DOW-UAP-D49, Launch Summary, Vandenberg AFB, 2000
Agency: Department of War
Incident date: 2/3/00
Page 23
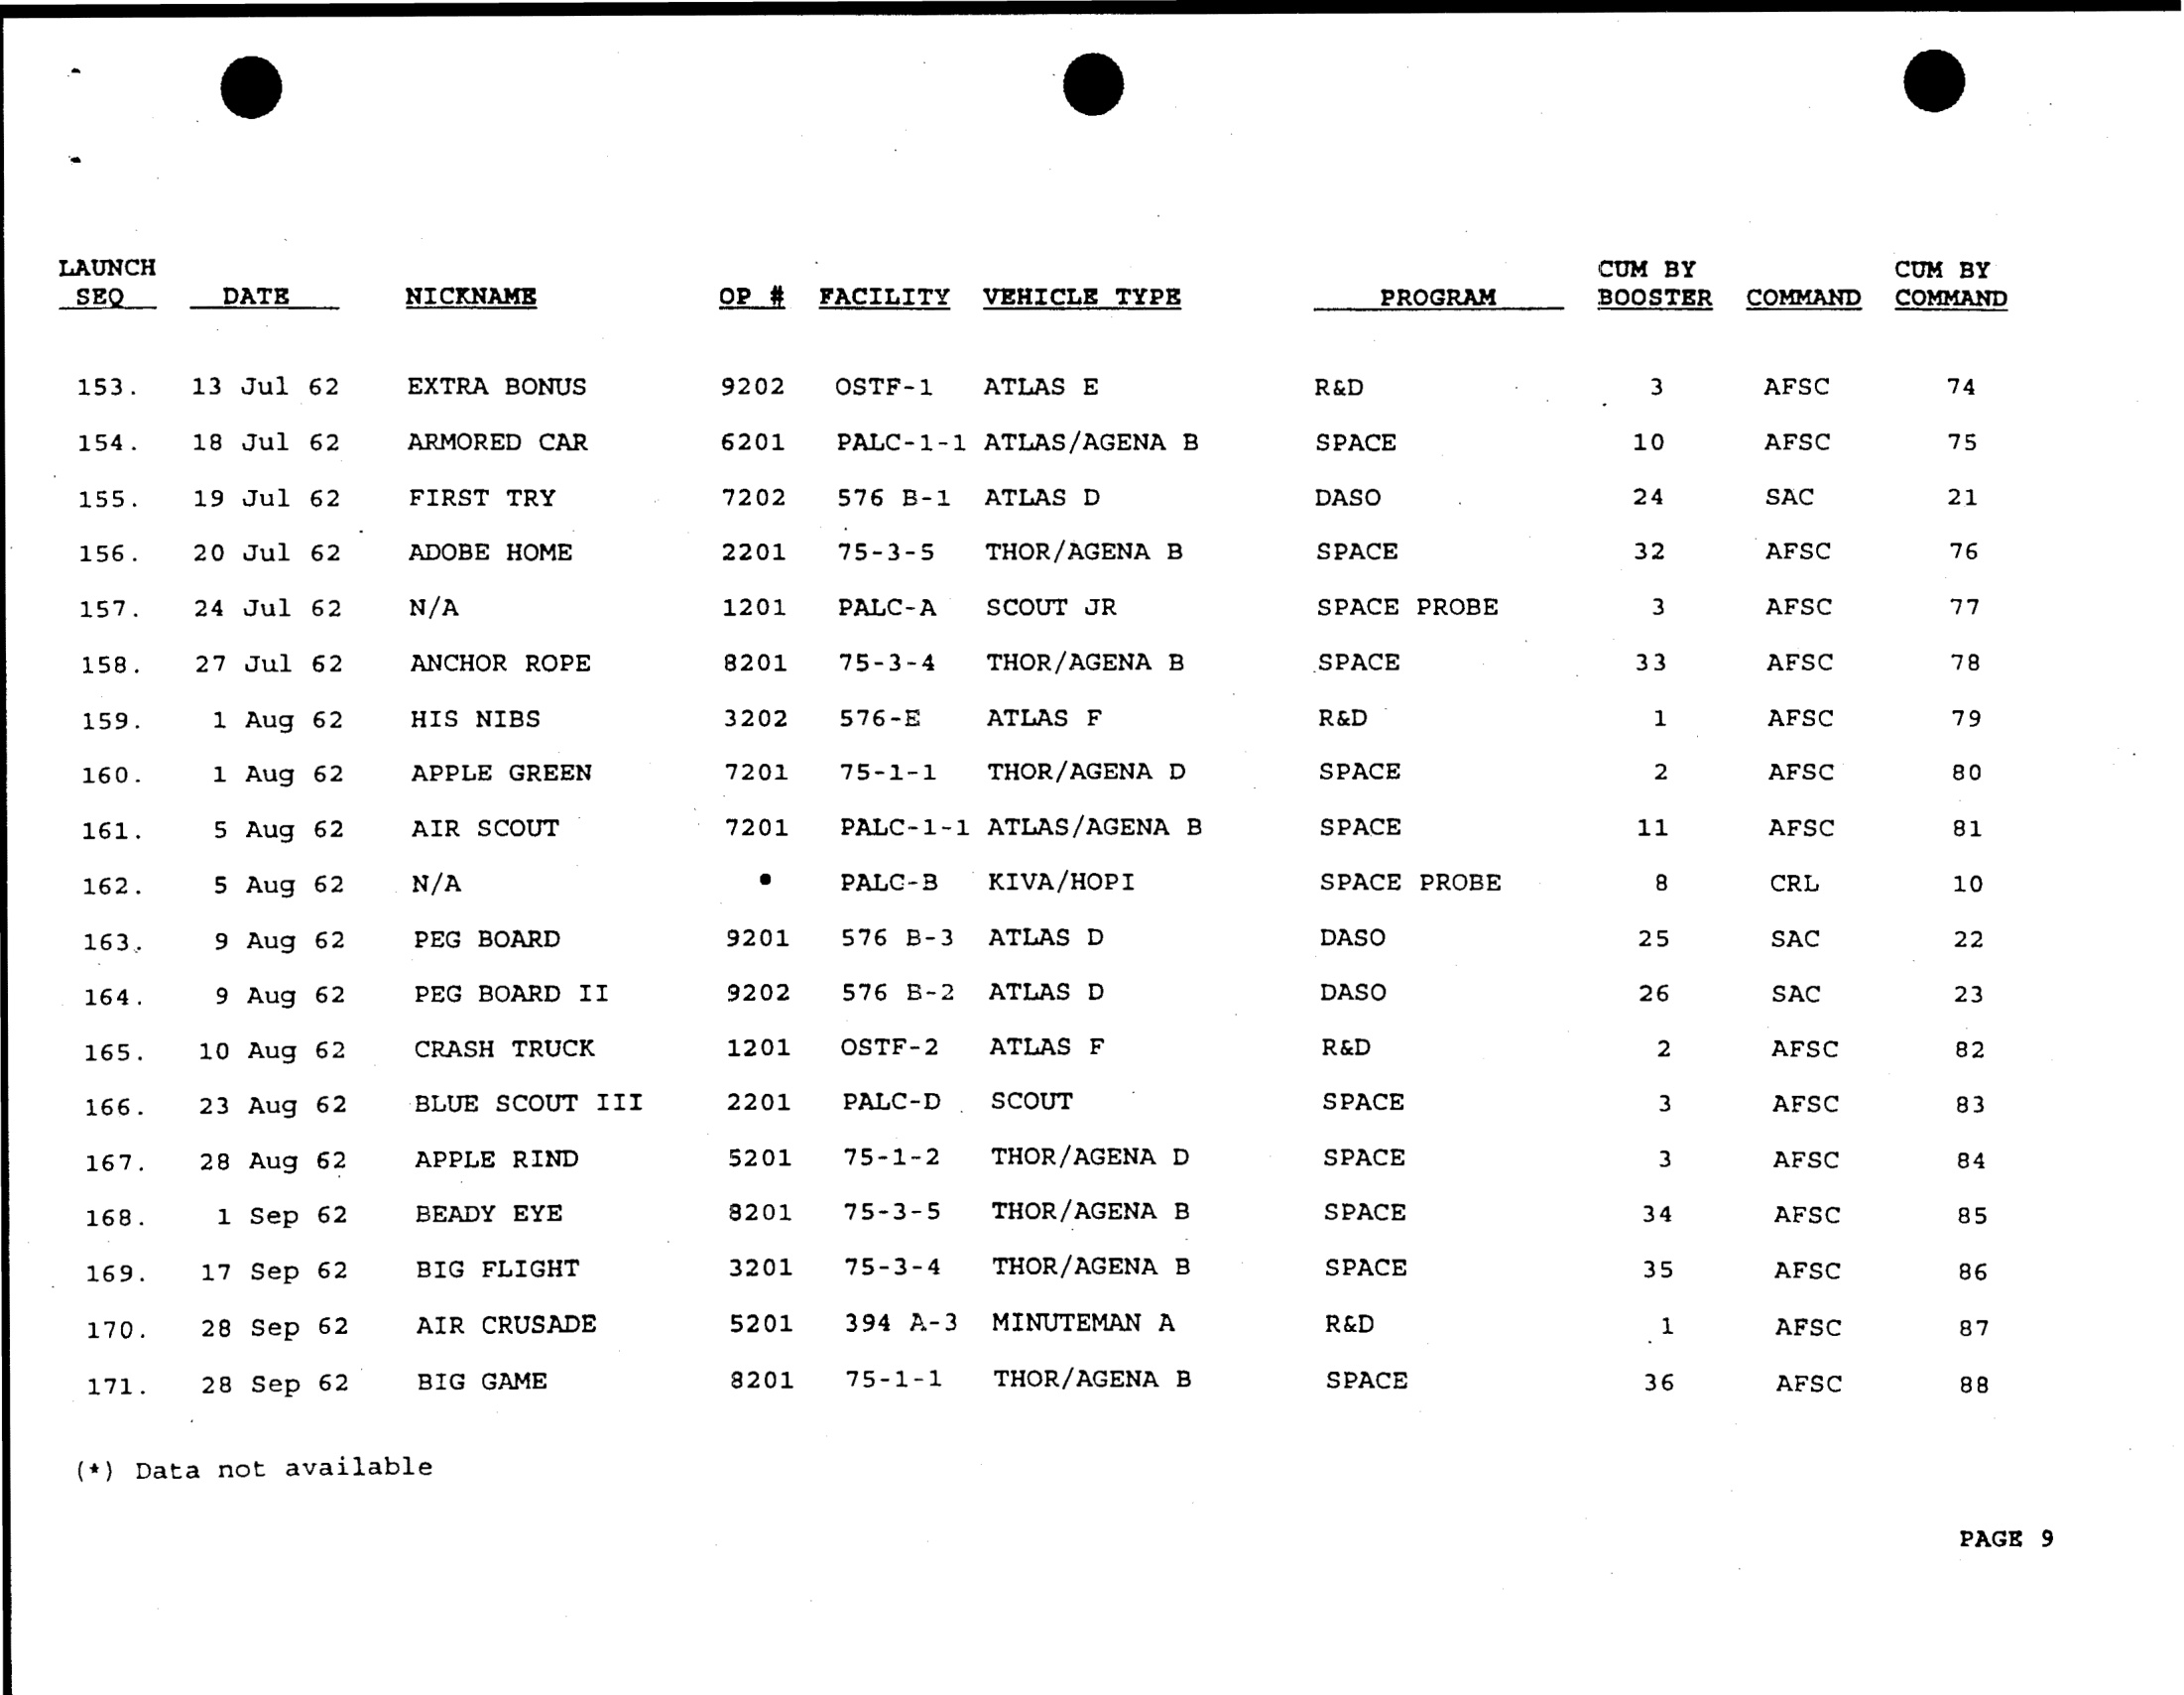